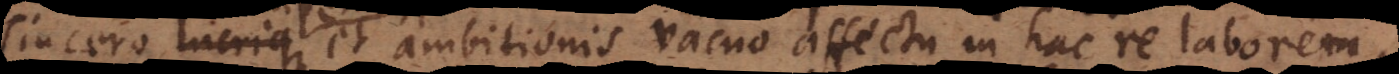
sincero lucrique et ambitionis vacuo affectu in hac re laborem,